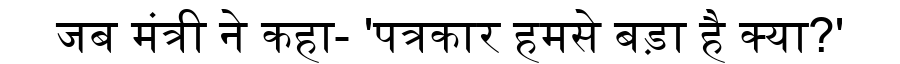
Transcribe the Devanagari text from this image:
जब मंत्री ने कहा- 'पत्रकार हमसे बड़ा है क्या?'